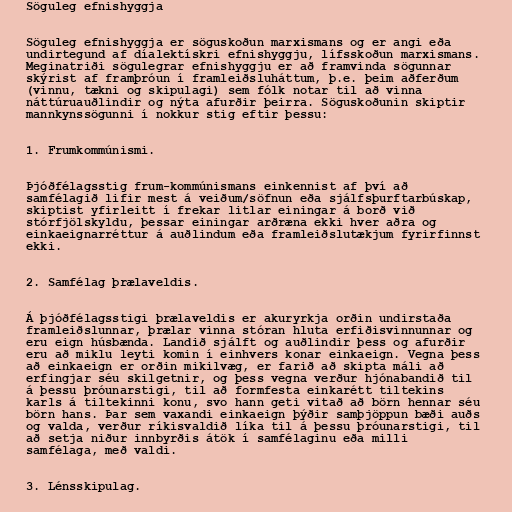
Söguleg efnishyggja

Söguleg efnishyggja er söguskoðun marxismans og er angi eða
undirtegund af díalektískri efnishyggju, lífsskoðun marxismans.
Meginatriði sögulegrar efnishyggju er að framvinda sögunnar
skýrist af framþróun í framleiðsluháttum, þ.e. þeim aðferðum
(vinnu, tækni og skipulagi) sem fólk notar til að vinna
náttúruauðlindir og nýta afurðir þeirra. Söguskoðunin skiptir
mannkynssögunni í nokkur stig eftir þessu:

1. Frumkommúnismi.

Þjóðfélagsstig frum-kommúnismans einkennist af því að
samfélagið lifir mest á veiðum/söfnun eða sjálfsþurftarbúskap,
skiptist yfirleitt í frekar litlar einingar á borð við
stórfjölskyldu, þessar einingar arðræna ekki hver aðra og
einkaeignarréttur á auðlindum eða framleiðslutækjum fyrirfinnst
ekki.

2. Samfélag þrælaveldis.

Á þjóðfélagsstigi þrælaveldis er akuryrkja orðin undirstaða
framleiðslunnar, þrælar vinna stóran hluta erfiðisvinnunnar og
eru eign húsbænda. Landið sjálft og auðlindir þess og afurðir
eru að miklu leyti komin í einhvers konar einkaeign. Vegna þess
að einkaeign er orðin mikilvæg, er farið að skipta máli að
erfingjar séu skilgetnir, og þess vegna verður hjónabandið til
á þessu þróunarstigi, til að formfesta einkarétt tiltekins
karls á tiltekinni konu, svo hann geti vitað að börn hennar séu
börn hans. Þar sem vaxandi einkaeign þýðir samþjöppun bæði auðs
og valda, verður ríkisvaldið líka til á þessu þróunarstigi, til
að setja niður innbyrðis átök í samfélaginu eða milli
samfélaga, með valdi.

3. Lénsskipulag.